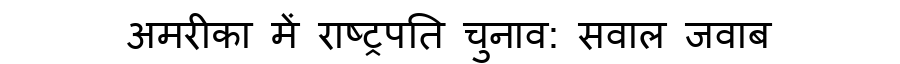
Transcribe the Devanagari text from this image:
अमरीका में राष्ट्रपति चुनाव: सवाल जवाब